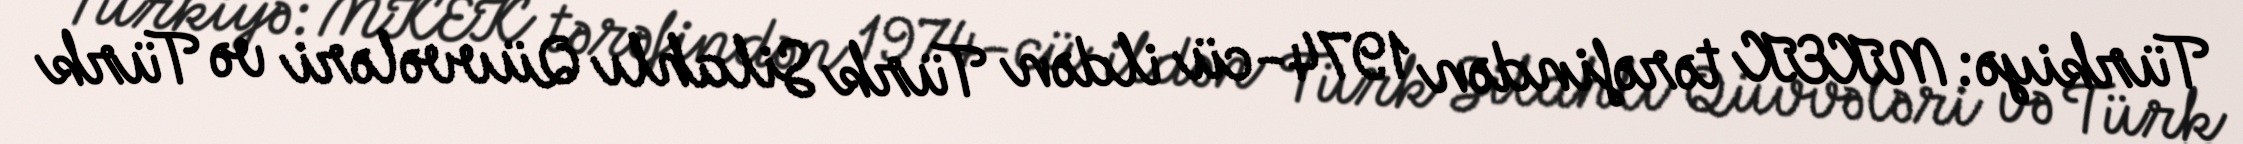
Türkiyə: MKEK tərəfindən 1974-cü ildən Türk Silahlı Qüvvələri və Türk